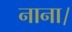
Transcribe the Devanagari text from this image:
नाना।